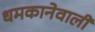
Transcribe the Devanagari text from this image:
धमकानेवाली